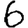
Digit: 6